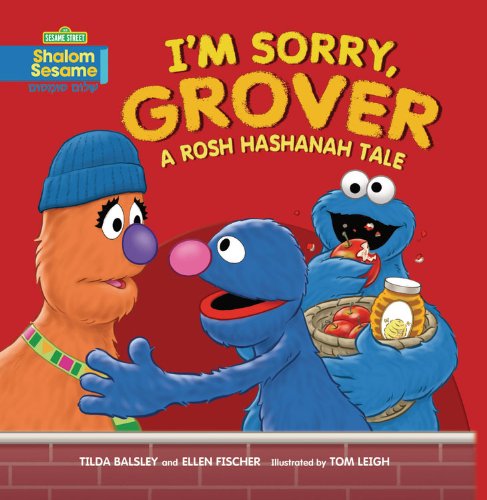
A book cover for I'm Sorry, Grover: A Rosh Hashanah Tale (Shalom Sesame); Tilda Balsley; Children's Books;